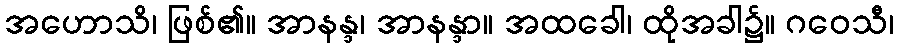
အဟောသိ၊ ဖြစ်၏။ အာနန္ဒ၊ အာနန္ဒာ။ အထခေါ၊ ထိုအခါ၌။ ဂဝေသီ၊